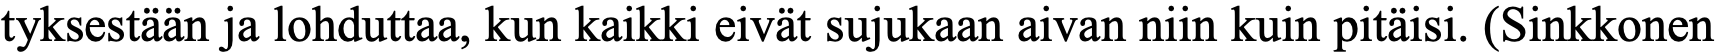
tyksestään ja lohduttaa, kun kaikki eivät sujukaan aivan niin kuin pitäisi. (Sinkkonen